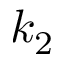
k _ { 2 }